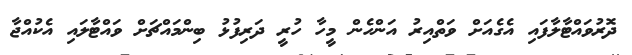
ދޮރުވައްޓާލާފައި އެގެއަށް ވަތްއިރު އަންހެން މީހާ ހުރީ ދަރިފުޅު ބިންމައްޗަށް ވައްޓާލައި އެކުއްޖާ